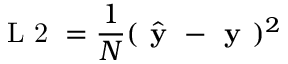
\textrm { L 2 } = \frac { 1 } { N } ( \hat { \textbf { y } } - \textbf { y } ) ^ { 2 }